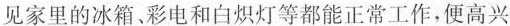
见家里的冰箱。彩电和白炽灯等都能正常工作，便高兴